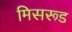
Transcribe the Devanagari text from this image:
मिसरूड